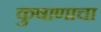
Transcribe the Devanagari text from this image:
कुषाणाचा